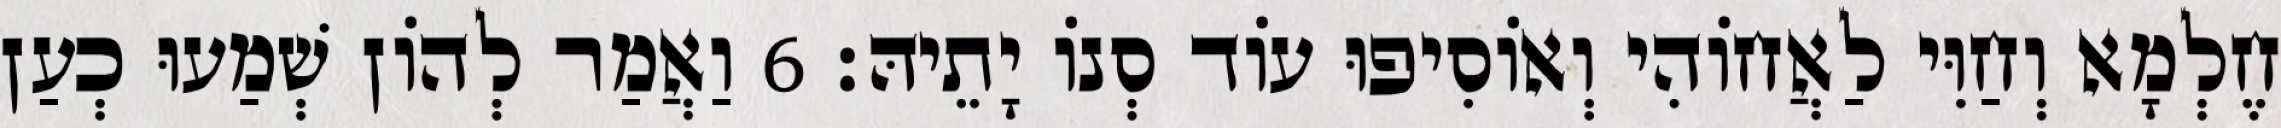
חֶלְמָא וְחַוִּי לַאֲחוֹהִי וְאוֹסִיפוּ עוֹד סְנוֹ יָתֵיהּ׃ 6 וַאֲמַר לְהוֹן שְׁמַעוּ כְעַן